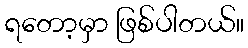
ရတော့မှာ ဖြစ်ပါတယ်။